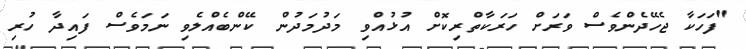
"ފަހަކާ ޖެހޭދެންވެސް ވަރަށް ހަރަކާތްރިކޮށް އުޅުއްވި މަދުމަދުން ކޭންބެއްލެވި ނަމަވެސް ފައިދާ ހުރި